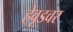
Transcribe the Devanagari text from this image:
हेवूडवर